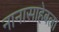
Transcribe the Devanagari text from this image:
नानासाहेबला